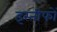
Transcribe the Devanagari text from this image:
इस्तीफों